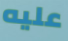
عليه